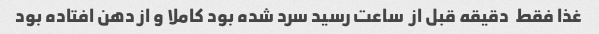
غذا فقط  دقیقه قبل از  ساعت رسید سرد شده بود کاملا و از دهن افتاده بود